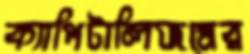
ক্যাপিটালিজমের